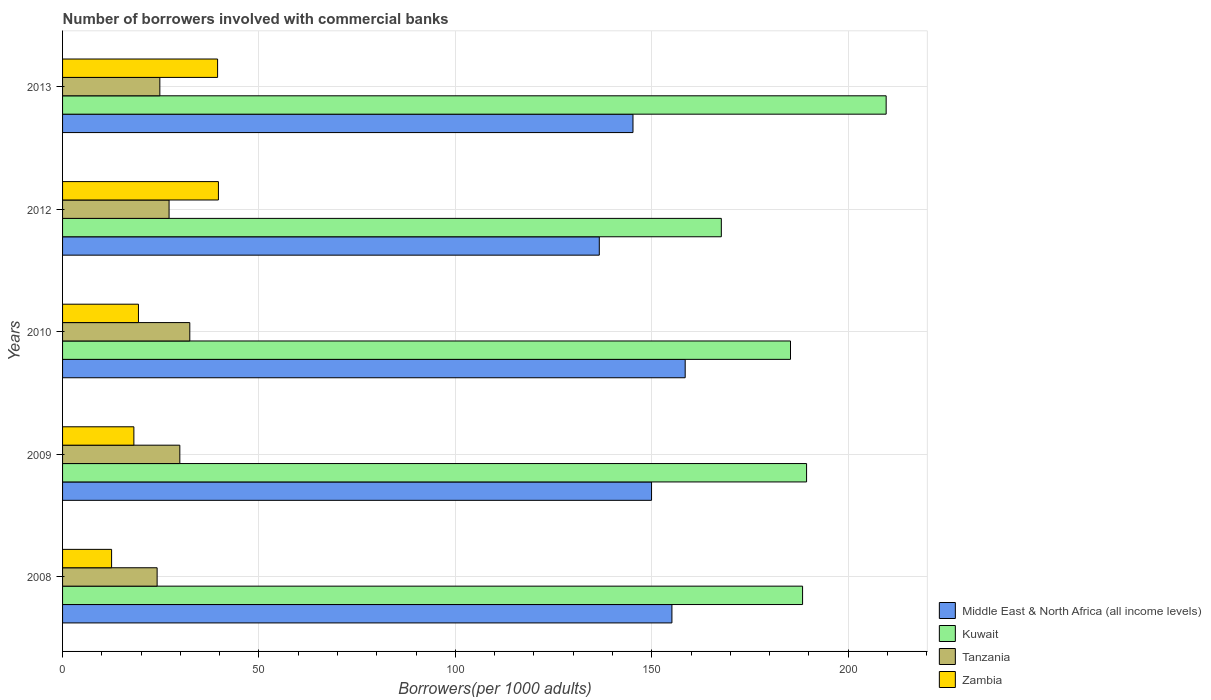
| Years | Middle East & North Africa (all income levels) | Kuwait | Tanzania | Zambia |
 | --- | --- | --- | --- | --- |
 | 2008 | 155 | 188 | 24.1 | 12.5 |
 | 2009 | 150 | 189 | 29.9 | 18.2 |
 | 2010 | 159 | 185 | 32.4 | 19.3 |
 | 2012 | 137 | 168 | 27.1 | 39.7 |
 | 2013 | 145 | 210 | 24.8 | 39.5 |